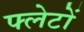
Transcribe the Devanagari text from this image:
फ्लेटों